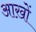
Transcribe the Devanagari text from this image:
आख़ों